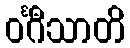
ဝင်္ဂီသာတိ